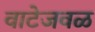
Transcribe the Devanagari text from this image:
वाटेजवळ